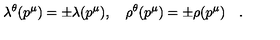
\lambda ^ { \theta } ( p ^ { \mu } ) = \pm \lambda ( p ^ { \mu } ) , \quad \rho ^ { \theta } ( p ^ { \mu } ) = \pm \rho ( p ^ { \mu } ) \quad .